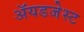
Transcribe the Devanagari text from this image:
ॲयडजेस्ट